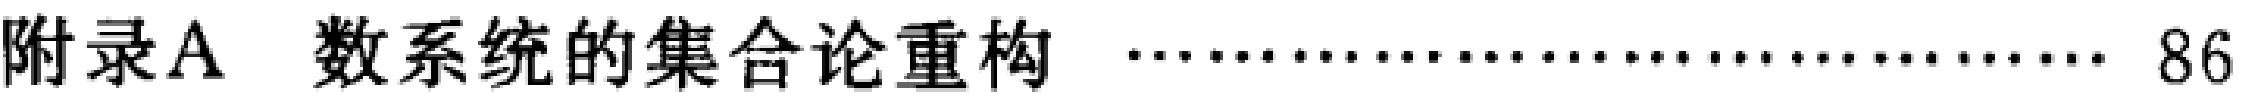
附录A 数系统的集合论重构 \hfill 86